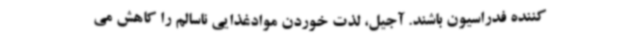
کننده فدراسیون باشند. آجیل، لذت خوردن موادغذایی ناسالم را کاهش می